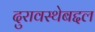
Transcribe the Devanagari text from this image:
दुरावस्थेबद्दल